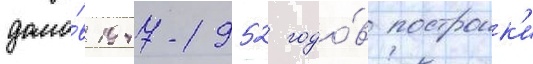
домо́в 1947-1952 годо́в построик'и